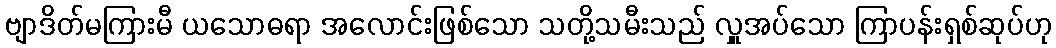
ဗျာဒိတ်မကြားမီ ယသောဓရာ အလောင်းဖြစ်သော သတို့သမီးသည် လှူအပ်သော ကြာပန်းရှစ်ဆုပ်ဟု